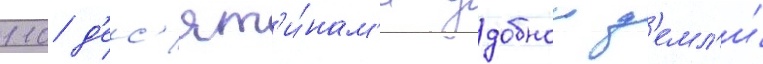
110 д'ес'ят'и́нам'и удобнои з'емл'и́